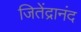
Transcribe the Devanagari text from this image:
जितेंद्रानंद